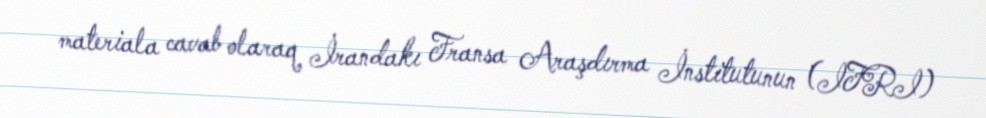
materiala cavab olaraq İrandakı Fransa Araşdırma İnstitutunun (IFRI)